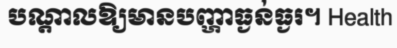
បណ្តាលឱ្យមានបញ្ហាធ្ងន់ធ្ងរ។ Health